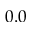
0 . 0